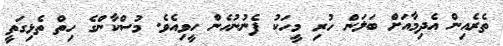
ތެރެއިން އެދިމާއަށް ބަލަން ހުރި މީހަކު ފެނުނުހެން ހީވިއެވެ. މުސްކާންގެ ހިތް ތެޅިގަތީ